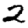
Digit: 2